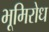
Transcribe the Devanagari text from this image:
भूमिरोध